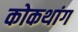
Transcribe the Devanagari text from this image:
कोकथांग